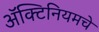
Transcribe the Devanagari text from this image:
ॲक्टिनियमचे